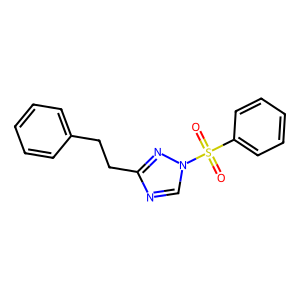
SMILES: O=S(=O)(c1ccccc1)n1cnc(CCc2ccccc2)n1
Inhibits HIV replication: No